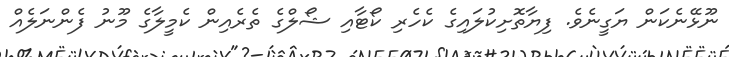
ނޫޅޭނެކަން ޔަގީނެވެ. ފިޔާތޮށިކުލައިގެ ކެހެރި ކޯޓާއި ޝޯލްގެ ތެރެއިން ކެމީލާގެ މޫނު ފެންނަލެއް